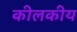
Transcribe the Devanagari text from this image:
कीलकीय